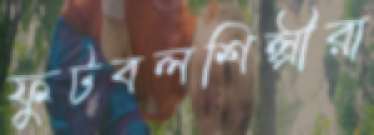
ফুটবলশিল্পীরা